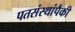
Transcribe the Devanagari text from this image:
पतसंस्थांपैकी